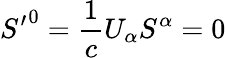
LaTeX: {S^{\prime}}^{0}={\frac{1}{c}}U_{\alpha}S^{\alpha}=0